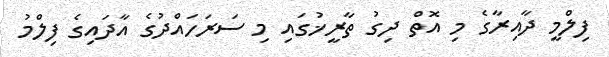
ފިލްމީ ދާއިރާގެ މި އޮތް ދިގު ތާރީޚުގައި މި ސަރަހައްދުގެ އާދައިގެ ފިލްމު